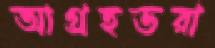
আগ্রহভরা